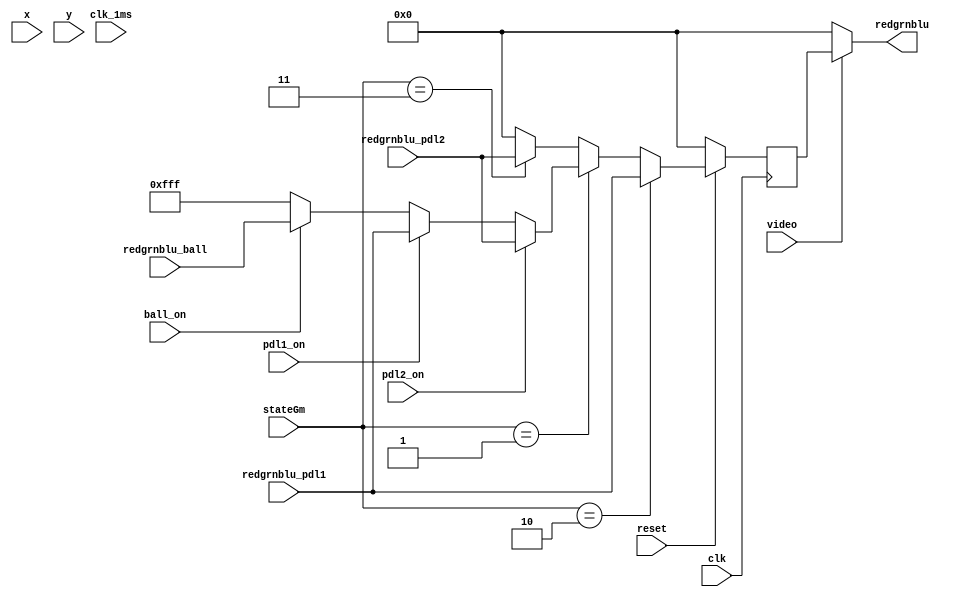
module DispVGA(
        	input clk, reset,
        	input [9:0] x, y,//position of point
        	input video,
        	output [11:0]redgrnblu,
        	input clk_1ms,
        	input pdl1_on, pdl2_on, ball_on,
        	input [11:0]redgrnblu_pdl1, redgrnblu_pdl2, redgrnblu_ball,
        	input [1:0] stateGm
        	);
           
        	reg [11:0] redgrnblu_reg;
           
        	always @(posedge clk)
        	begin
        	if (!reset)
                    	redgrnblu_reg <= 0;
        	else
                    	begin
                       
                    		if (stateGm == 2'b10)
                    		begin
                                            	redgrnblu_reg <= redgrnblu_pdl1;
                                	end
                                	else if (stateGm == 2'b01)
                                	begin
                                	//drawing components on screen by detecting if object signal is on
                                            	if (pdl2_on)
                                                        	redgrnblu_reg <= redgrnblu_pdl2;
                                            	else if (pdl1_on)
                                                        	redgrnblu_reg <= redgrnblu_pdl1;
                                            	else if (ball_on)
                                                        	redgrnblu_reg <= redgrnblu_ball;
                                            	else
                                                        	redgrnblu_reg <= 12'b111111111111;
                                	end
                                	else if (stateGm == 2'b11)
                                            	redgrnblu_reg <= redgrnblu_pdl2;
                                	else redgrnblu_reg <= 0;
                    	end
        	end
        	//if video on then display
        	assign redgrnblu = (video) ? redgrnblu_reg : 8'b0;
           
endmodule